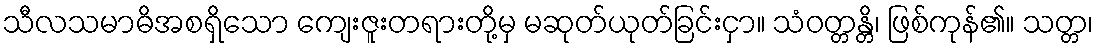
သီလသမာဓိအစရှိသော ကျေးဇူးတရားတို့မှ မဆုတ်ယုတ်ခြင်းငှာ။ သံဝတ္တန္တိ၊ ဖြစ်ကုန်၏။ သတ္တ၊